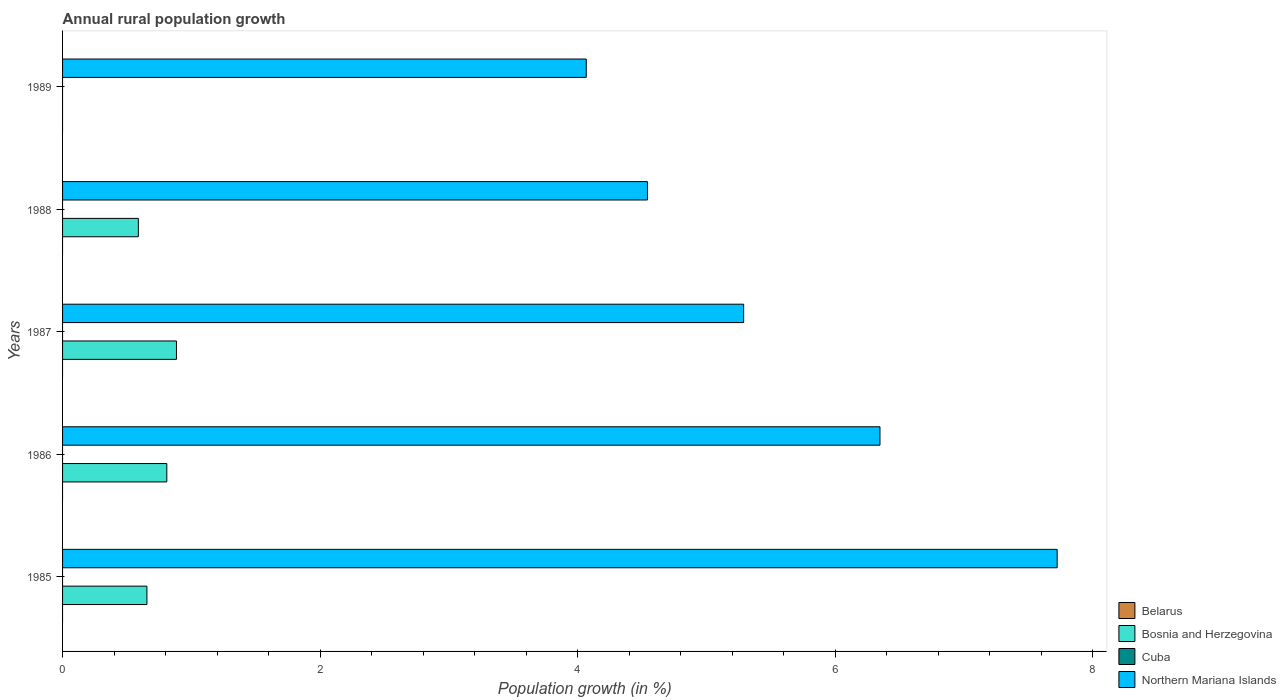
| Years | Belarus | Bosnia and Herzegovina | Cuba | Northern Mariana Islands |
 | --- | --- | --- | --- | --- |
 | 1985 | -2.02 | 0.655 | -1.05 | 7.72 |
 | 1986 | -2.04 | 0.81 | -0.885 | 6.35 |
 | 1987 | -2.09 | 0.884 | -0.742 | 5.29 |
 | 1988 | -2.53 | 0.589 | -0.686 | 4.54 |
 | 1989 | -1.76 | -0.179 | -0.729 | 4.07 |